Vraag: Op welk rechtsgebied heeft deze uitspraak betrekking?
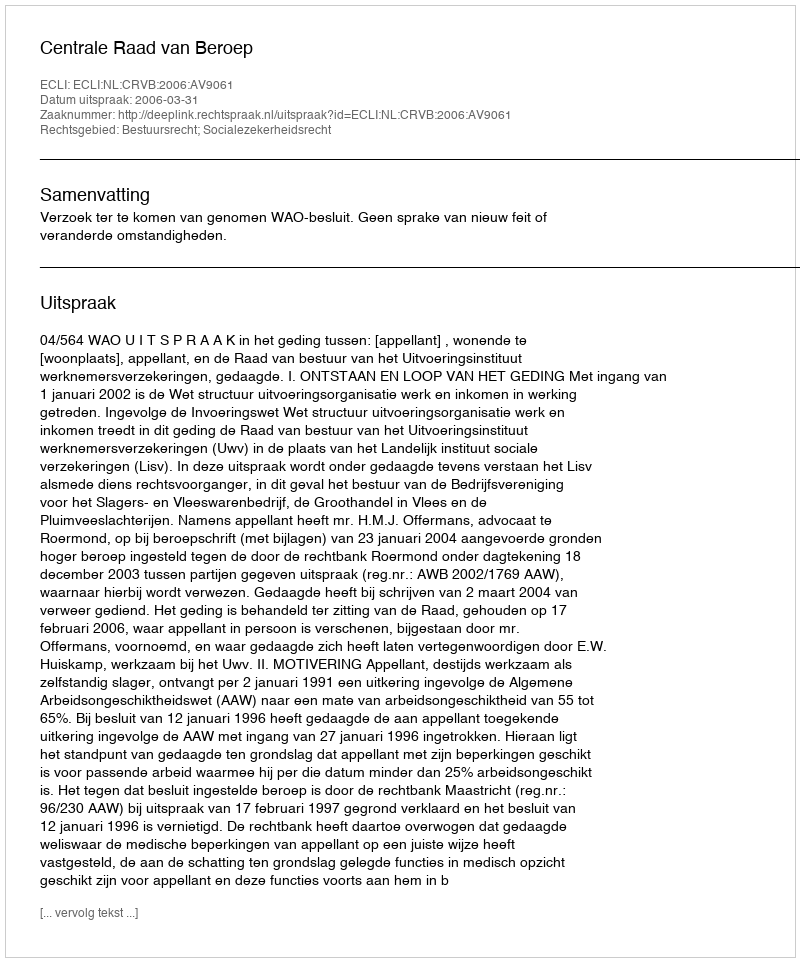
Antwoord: Bestuursrecht; Socialezekerheidsrecht